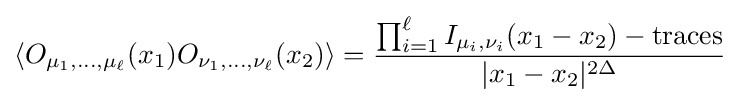
\left\langle O_{\mu _{1},\dots ,\mu _{\ell }}(x_{1})O_{\nu _{1},\dots ,\nu _{\ell }}(x_{2})\right\rangle ={\frac {\prod _{i=1}^{\ell }I_{\mu _{i},\nu _{i}}(x_{1}-x_{2})-{\text{traces}}}{|x_{1}-x_{2}|^{2\Delta }}}